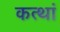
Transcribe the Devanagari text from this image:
कत्थां